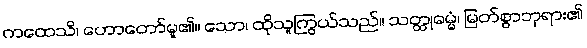
ကထေသိ၊ ဟောတော်မူ၏။ သော၊ ထိုသူကြွယ်သည်။ သတ္ထုဓမ္မံ၊ မြတ်စွာဘုရား၏